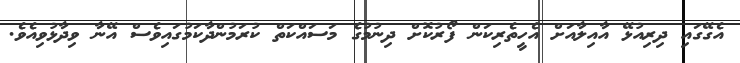
އެގޭގައި ދިރިއުޅޭ އާއިލާއަށް އެހީތެރިކަން ފޯރުކޮށް ދިނުމުގެ މަސައްކަތް ކުރަމުންދާކަމުގައިވެސް އޭނާ ވިދާޅުވިއެެވެ.